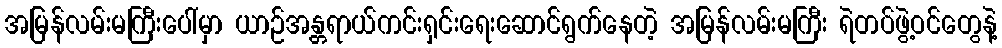
အမြန်လမ်းမကြီးပေါ်မှာ ယာဉ်အန္တရာယ်ကင်းရှင်းရေးဆောင်ရွက်နေတဲ့ အမြန်လမ်းမကြီး ရဲတပ်ဖွဲ့ဝင်တွေနဲ့